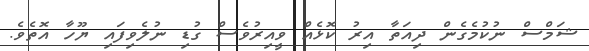
ޝަމްސް ނުކުމެގެން ދިއަތާ އިރު ކޮޅެއް ވީއިރުވެސް ގުޑި ނުލެވިފައި ޔޫހާ އޮތެވެ.